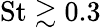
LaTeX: \mathrm{St}\gtrsim 0.3